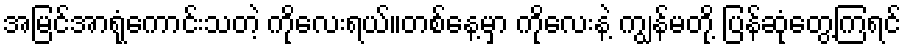
အမြင်အာရုံကောင်းသတဲ့ ကိုလေးရယ်။တစ်နေ့မှာ ကိုလေးနဲ့ ကျွန်မတို့ ပြန်ဆုံတွေ့ကြရင်